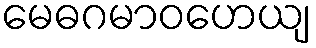
မေဓဂမာဝဟေယျ